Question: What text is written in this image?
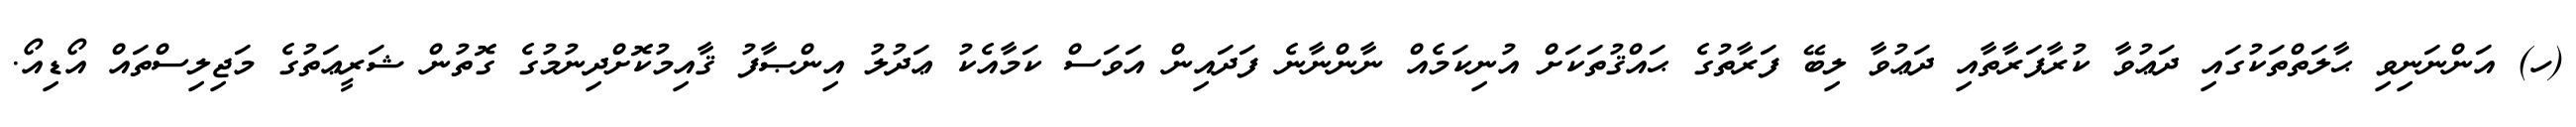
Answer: (ހ) އަންނަނިވި ޙާލަތްތަކުގައި ދަޢުވާ ކުރާފަރާތާއި ދަޢުވާ ލިބޭ ފަރާތުގެ ޙައްޤުތަކަށް އުނިކަމެއް ނާންނާނެ ފަދައިން އަވަސް ކަމާއެކު ޢަދުލު އިންޞާފު ޤާއިމުކޮށްދިނުމުގެ ގޮތުން ޝަރީޢަތުގެ މަޖިލިސްތައް އޯޑިއޯ.